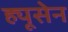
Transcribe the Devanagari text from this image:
ह्यूसेन